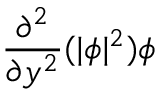
\frac { \partial ^ { 2 } } { \partial y ^ { 2 } } ( | \phi | ^ { 2 } ) \phi